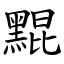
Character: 䵪